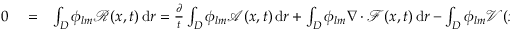
\begin{array} { r l r } { 0 } & { { } = } & { \int _ { D } \phi _ { l m } \mathcal { R } ( x , t ) \, \mathrm { d } r = \frac { \partial } { t } \int _ { D } \phi _ { l m } \mathcal { A } ( x , t ) \, \mathrm { d } r + \int _ { D } \phi _ { l m } \nabla \cdot \mathcal { F } ( x , t ) \, \mathrm { d } r - \int _ { D } \phi _ { l m } \mathcal { V } ( x , t ) \, \mathrm { d } r } \end{array}